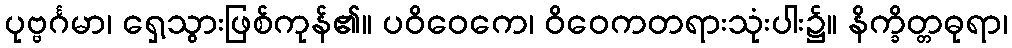
ပုဗ္ဗင်္ဂမာ၊ ရှေ့သွားဖြစ်ကုန်၏။ ပဝိဝေကေ၊ ဝိဝေကတရားသုံးပါး၌။ နိက္ခိတ္တဓုရာ၊